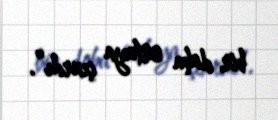
bir daha ortaya çıxrdı”.